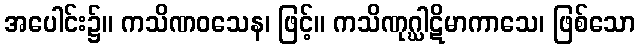
အပေါင်း၌။ ကသိဏဝသေန၊ ဖြင့်။ ကသိဏုဂ္ဃါဋိမာကာသေ၊ ဖြစ်သော